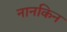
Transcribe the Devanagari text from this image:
नानकिन